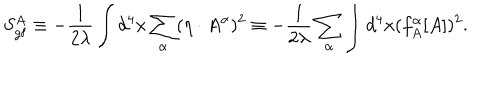
S _ { \mathrm { g f } } ^ { A } \equiv - { \frac { 1 } { 2 \lambda } } \int d ^ { 4 } x \sum _ { \alpha } ( \eta \cdot A ^ { \alpha } ) ^ { 2 } \equiv - { \frac { 1 } { 2 \lambda } } \sum _ { \alpha } \int d ^ { 4 } x ( f _ { A } ^ { \alpha } [ A ] ) ^ { 2 } .